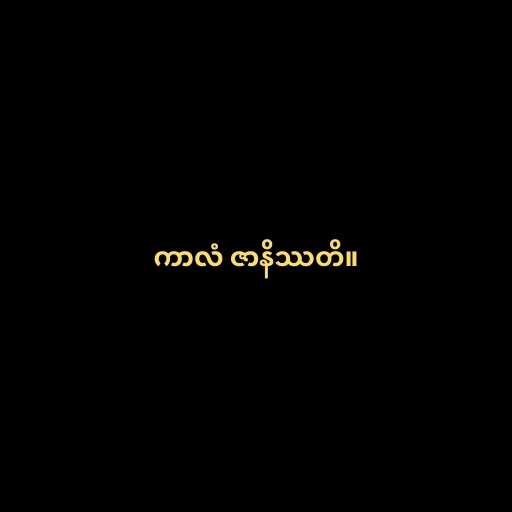
ကာလံ ဇာနိဿတိ။